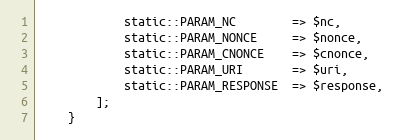
Language: PHP
			static::PARAM_NC		=> $nc,
			static::PARAM_NONCE		=> $nonce,
			static::PARAM_CNONCE	=> $cnonce,
			static::PARAM_URI		=> $uri,
			static::PARAM_RESPONSE	=> $response,
		];
	}